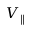
V _ { \parallel }